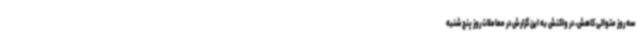
سه روز متوالی کاهش، در واکنش به این گزارش در معاملات روز پنج شنبه